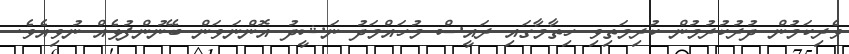
ވެރިކަމުން ދުރުކުރުމުން ކުރިމަތިވި ހިތާމާގައި ރައީސް މުހައްމަދު ނަޝީދު އޮންނަވަން ބޭނުންފުޅެއް ނުވިއެވެ.